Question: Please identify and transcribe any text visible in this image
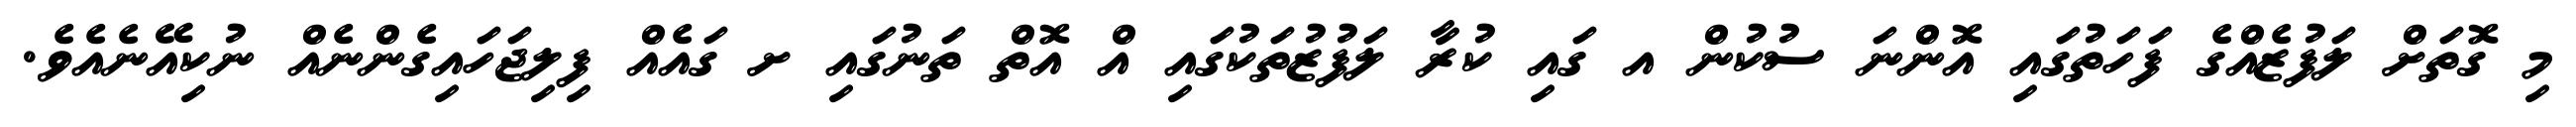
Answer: މި ގޮތަށް ލަފުޒެއްގެ ފަހަތުގައި އޮންނަ ސުކުން އ ގައި ކުރާ ލަފުޒުތަކުގައި އް އޮތް ތަނުގައި ށ ގައެއް ފިލިޖަހައިގެންނެއް ނުކިއޭނެއެވެ.